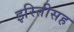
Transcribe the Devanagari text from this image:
इरितीसह